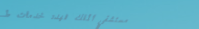
مستشفى الملك فهد: خدمات ط